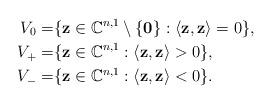
LaTeX: \begin{align*} V_0=&\{\mathbf{z} \in \mathbb{C}^{n,1} \setminus \{\mathbf{0}\}: \langle\mathbf{z},\mathbf{z}\rangle=0\}, \\V_+=&\{\mathbf{z} \in \mathbb{C}^{n,1}: \langle\mathbf{z},\mathbf{z}\rangle>0\}, \\V_-=&\{\mathbf{z} \in \mathbb{C}^{n,1}: \langle\mathbf{z},\mathbf{z}\rangle<0\}.\end{align*}